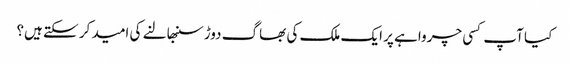
کیا آپ کسی چرواہے پر ایک ملک کی بھاگ دوڑ سنبھالنے کی امید کر سکتے ہیں؟